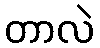
တာလဲ